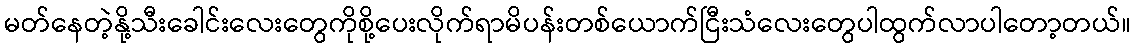
မတ်နေတဲ့နို့သီးခေါင်းလေးတွေကိုစို့ပေးလိုက်ရာမိပန်းတစ်ယောက်ငြီးသံလေးတွေပါထွက်လာပါတော့တယ်။